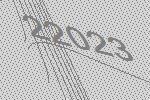
22023